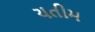
યતીમ